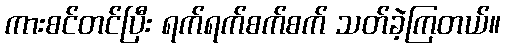
ကားစင်တင်ပြီး ရက်ရက်စက်စက် သတ်ခဲ့ကြတယ်။